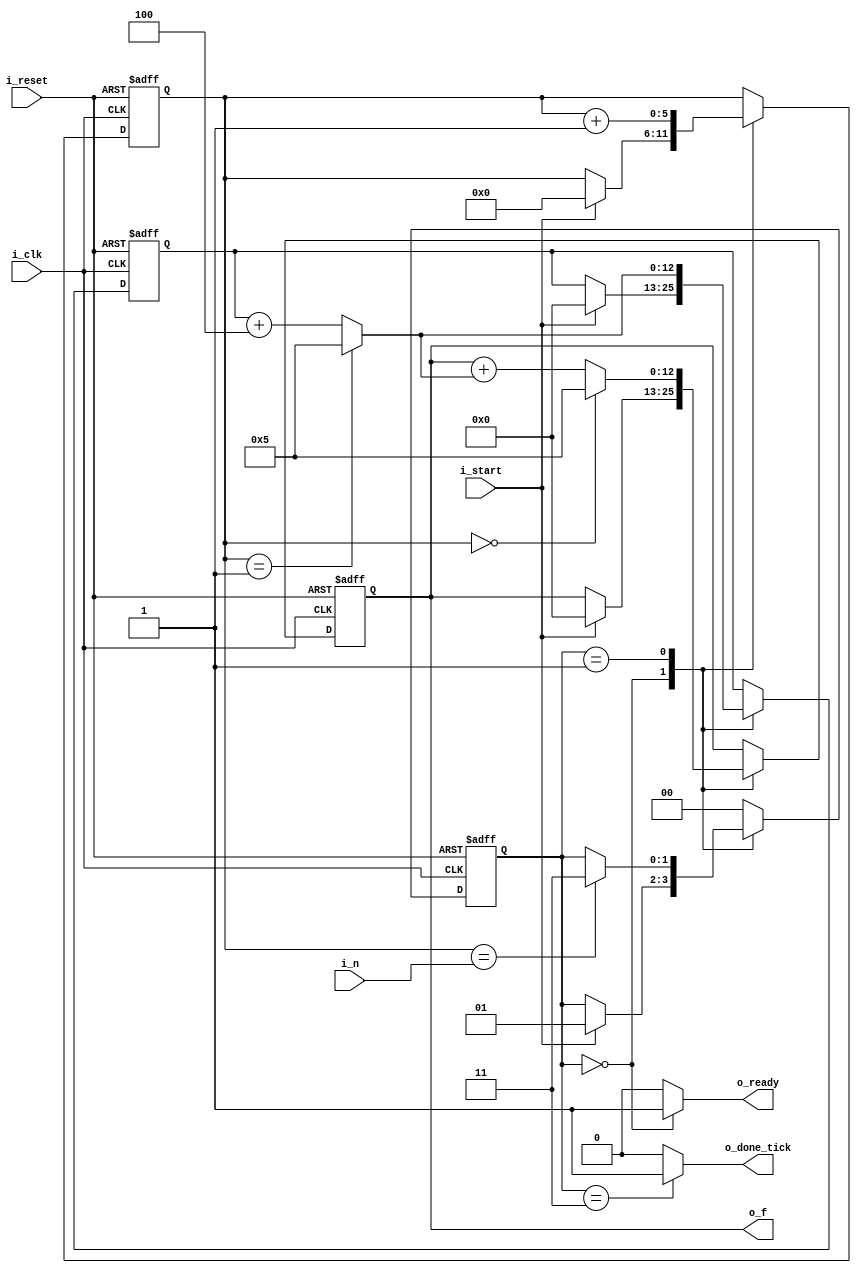
`timescale 1ns / 1ps
//////////////////////////////////////////////////////////////////////////////////
// Company: 
// Engineer: 
// 
// Design Name: 
// Module Name: babbage
// Project Name: 
// Target Devices: 
// Tool Versions: 
// Description: 
// 
// Dependencies: 
// 
// Revision:
// Revision 0.01 - File Created
// Additional Comments:
// 
//////////////////////////////////////////////////////////////////////////////////


module babbage(
    input i_clk, i_reset, 
    input i_start, 
    input [5:0] i_n,         //6 bit unsigned integer n for polynomial f(n) = 2(n^2) + 3n + 5
    output reg o_ready, o_done_tick, 
    output [12:0] o_f        //max output is 8132 if i_n is 63
    );
    
    //state definitions
    localparam [1:0] idle = 2'b00, //shows "HI" on seven seg, stimulus 0. press i_start to initiate test, seven seg goes off at this point
                     op = 2'b01,  
                     done = 2'b11;
    
    //register definitions 
    reg [1:0] s_state_reg, s_state_next;
    reg [5:0] s_n_reg, s_n_next;
    reg [12:0] s_f_reg, s_g_reg;
    reg [12:0] s_f_next, s_g_next;
    
    always @(posedge i_clk, posedge i_reset)
        if (i_reset)
            begin
                s_state_reg  <= 0;
                s_n_reg      <= 0;
                s_f_reg      <= 0;
                s_g_reg      <= 0;
            end
        else
            begin
                s_state_reg  <= s_state_next;
                s_n_reg      <= s_n_next;
                s_f_reg      <= s_f_next;
                s_g_reg      <= s_g_next;
            end
    
    always @*
        begin
            //default definitions
            s_state_next  = s_state_reg;
            s_n_next      = s_n_reg;
            s_f_next      = s_f_reg;
            s_g_next      = s_g_reg;
            
            o_ready = 1'b0;
            o_done_tick = 1'b0;
            
            case(s_state_reg)
                idle: 
                    begin
                        o_ready = 1'b1;
                        if (i_start)
                            begin
                                s_state_next = op;
                                s_n_next = 0;        //reset n to increment
                                s_f_next = 0;
                                s_g_next = 0;
                            end
                    end
                op: 
                    begin
                        
                        s_n_next = s_n_reg + 1;
                        
                        s_g_next = (s_n_reg == 1) ? 5 : s_g_reg + 4;
                        
                        s_f_next = (s_n_reg == 0) ? 5 : s_f_reg + s_g_next;

                        if(s_n_reg == i_n)
                            s_state_next = done;
                    end
                done: 
                    begin
                        o_done_tick = 1'b1;
                        s_state_next = idle;
                    end
                default: s_state_next = idle;
            endcase
        end
    
    //output data
    assign o_f = s_f_reg;
    
endmodule

//63